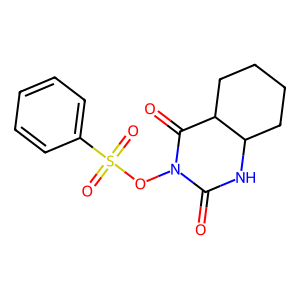
SMILES: O=C1NC2CCCCC2C(=O)N1OS(=O)(=O)c1ccccc1
Inhibits HIV replication: No